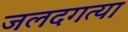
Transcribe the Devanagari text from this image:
जलदगत्या